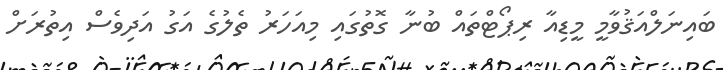
ބައިނަލްއަޤުވާމީ މީޑިއާ ރިޕޯޓްތައް ބުނާ ގޮތުގައި މިއަހަރު ތެލުގެ އަގު އަދިވެސް އިތުރަށް